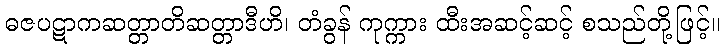
ဓဇပဋာကဆတ္တာတိဆတ္တာဒီဟိ၊ တံခွန် ကုက္ကား ထီးအဆင့်ဆင့် စသည်တို့ဖြင့်။